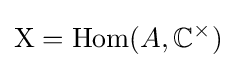
\mathrm {X} ={\text{Hom}}(A,\mathbb {C} ^{\times })